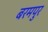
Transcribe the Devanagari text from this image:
बरमपुर